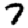
Digit: 7